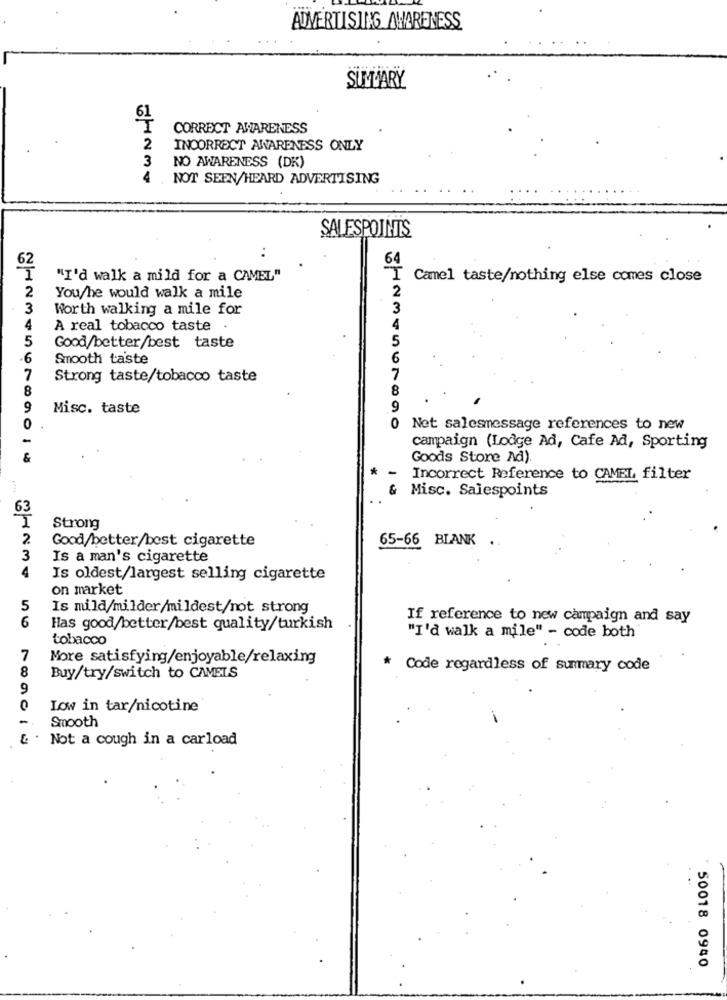
ADVERTISING AWARENESS.
SUMMARY
61
I
CORRECT AWARENESS
2
INCORRECT AWARENESS ONLY
3
NO AWARENESS (DK)
4
NOT SEEN/HEARD ADVERTISING
SALESPOINTS
..
64
"I'd walk a mild for a CAMEL"
Camel taste/nothing else comes close
2
You/he would walk a mile
2
3
Worth walking a mile for
3
4
4
A real tobacco taste
5
5
Good/better/best taste
.6
Smooth taste
6
7
Strong taste/tobacco taste
7
8
8
9
Misc. taste
9
0
0
Net salesmessage references to new
campaign (Lodge Ad, Cafe Ad, Sporting
&
Goods Store Ad).
Incorrect Reference to CAMEL filter
&
Misc. Salespoints
63
1
Strong
2.
Good/better/best cigarette
65-66 BLANK
3
Is a man's cigarette
4
Is oldest/largest selling cigarette
on market
5
Is mild/milder/mildest/not strong
6
If reference to new campaign and say
Has good/better/best quality/turkish
tobacco
"I'd walk a mile" - code both
7
More satisfying/enjoyable/relaxing
8
* Code regardless of summary code
Buy/try/switch to CAMELS
9
Low in tar/nicotine
-
Smooth
Not a cough in a carload
.
50018 0940